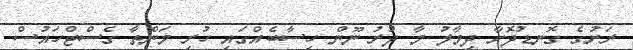
ރަށުގެ ގޮނޑުދޮށާ ދިމާލު މާ ދުރު ނޫން ހިސާބެއްގައި ހުރި މަންތާ ގެސްޓްހައުސް